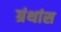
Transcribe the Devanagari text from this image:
ग्रंथांस